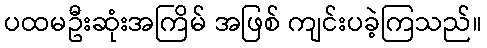
ပထမဦးဆုံးအကြိမ် အဖြစ် ကျင်းပခဲ့ကြသည်။